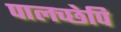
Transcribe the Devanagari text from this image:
पालच्छेपि